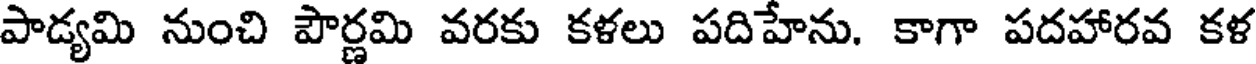
పాడ్యమి నుంచి పౌర్ణమి వరకు కళలు పదిహేను. కాగా పదహారవ కళ